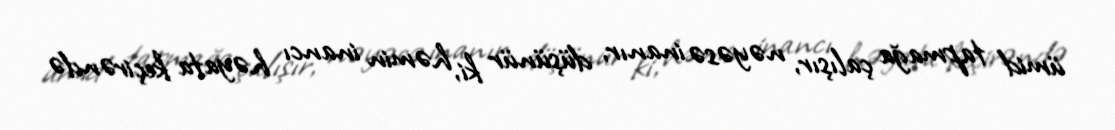
ümid tapmağa çalışır, nəyəsə inanır, düşünür ki, həmin inancı həyata keçirəndə